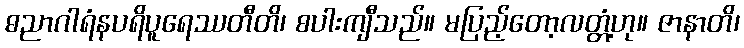
ဓညာဂါရံနပရိပူရေဿတီတိ၊ စပါးကျီသည်။ မပြည့်တော့လတ္တံ့ဟု။ ဇာနာတိ၊